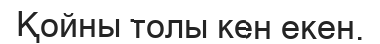
Қойны толы кен екен.